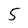
Character: 5